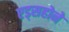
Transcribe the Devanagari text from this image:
एड्सहोने